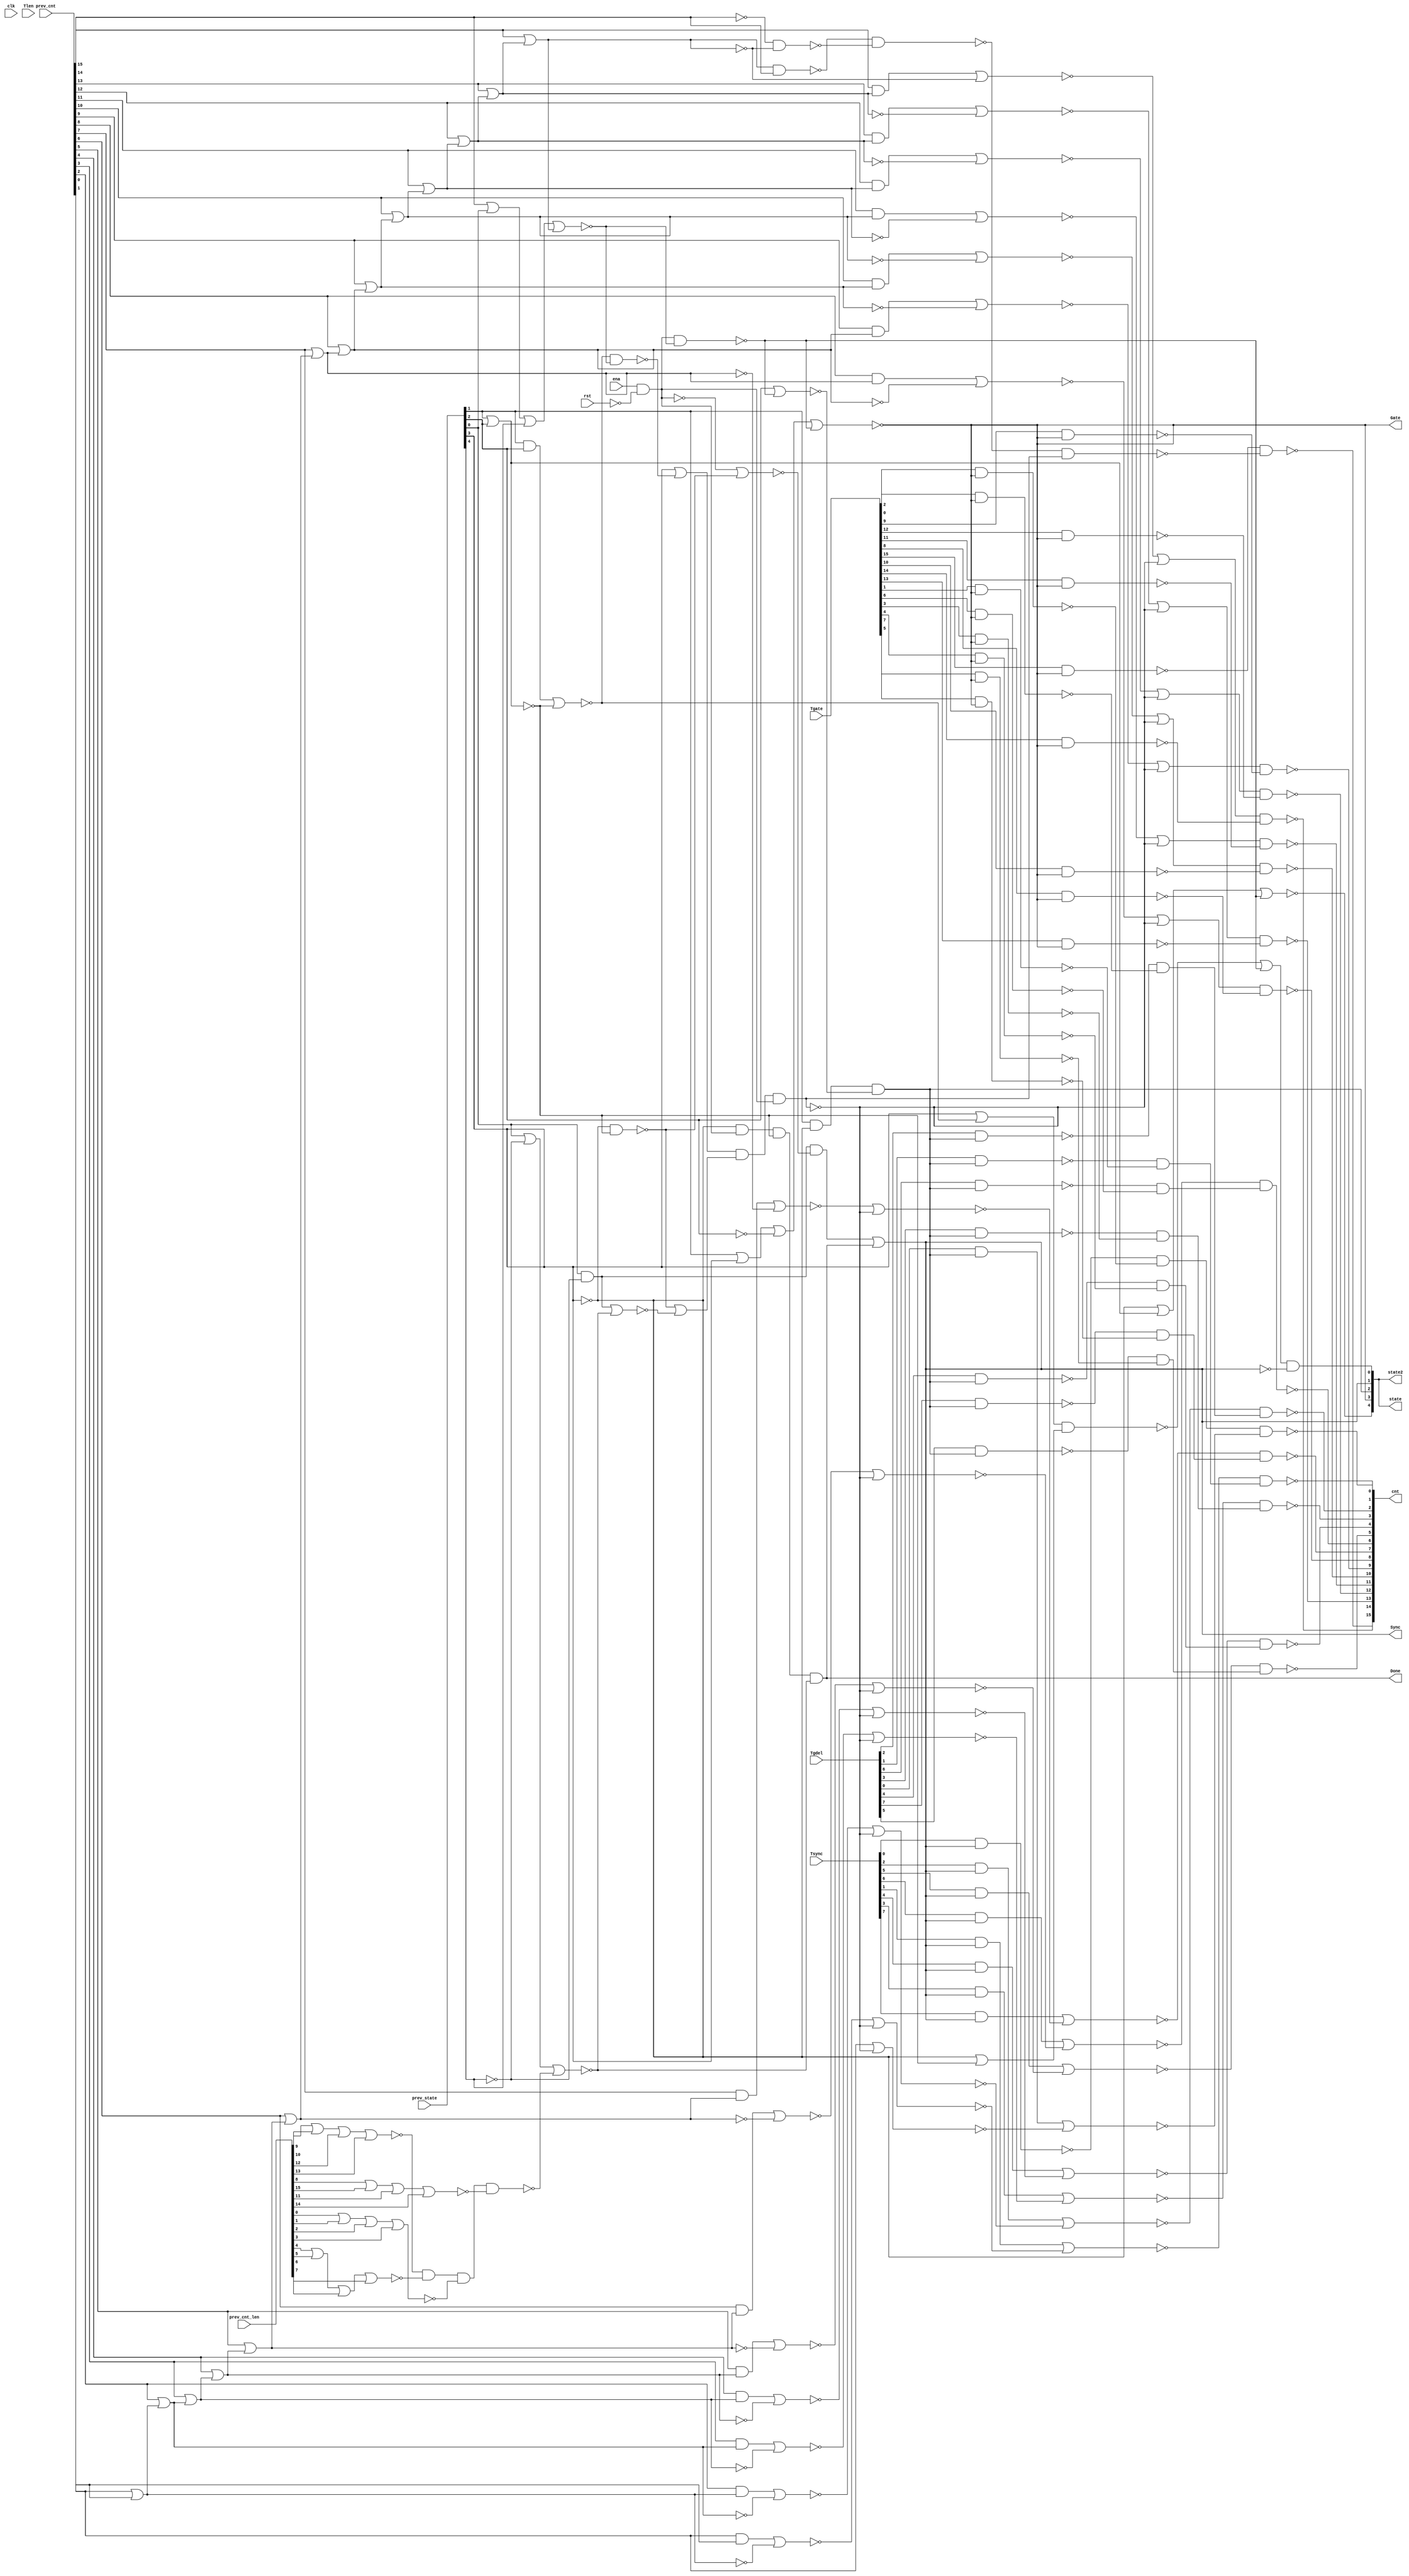

// Generated by Cadence Genus(TM) Synthesis Solution 19.20-d227_1
// Generated on: Aug  3 2021 19:30:57 PDT (Aug  4 2021 02:30:57 UTC)

// Verification Directory fv/top 

module top(clk, ena, rst, Tsync, Tgdel, Tgate, Tlen, Sync, Gate, Done,
     prev_state, prev_cnt, prev_cnt_len, cnt, state, state2);
  input clk, ena, rst;
  input [7:0] Tsync, Tgdel;
  input [15:0] Tgate, Tlen, prev_cnt, prev_cnt_len;
  input [4:0] prev_state;
  output Sync, Gate, Done;
  output [15:0] cnt;
  output [4:0] state, state2;
  wire clk, ena, rst;
  wire [7:0] Tsync, Tgdel;
  wire [15:0] Tgate, Tlen, prev_cnt, prev_cnt_len;
  wire [4:0] prev_state;
  wire Sync, Gate, Done;
  wire [15:0] cnt;
  wire [4:0] state, state2;
  wire n_0, n_1, n_2, n_3, n_4, n_5, n_6, n_7;
  wire n_8, n_9, n_10, n_11, n_12, n_13, n_14, n_15;
  wire n_16, n_17, n_18, n_19, n_20, n_21, n_22, n_23;
  wire n_24, n_25, n_26, n_27, n_28, n_29, n_30, n_31;
  wire n_33, n_35, n_37, n_38, n_39, n_40, n_41, n_42;
  wire n_43, n_44, n_45, n_46, n_47, n_48, n_49, n_50;
  wire n_51, n_52, n_53, n_54, n_55, n_56, n_57, n_58;
  wire n_59, n_60, n_61, n_62, n_63, n_64, n_65, n_66;
  wire n_67, n_68, n_69, n_70, n_71, n_75, n_76, n_77;
  wire n_78, n_81, n_85, n_86, n_88, n_89, n_92, n_93;
  wire n_94, n_96, n_97, n_99, n_101, n_102, n_104, n_105;
  wire n_106, n_107, n_108, n_109, n_110, n_112, n_113, n_114;
  wire n_115, n_116, n_117, n_118, n_119, n_120, n_121, n_122;
  wire n_124, n_126, n_128, n_129, n_130, n_131, n_132, n_133;
  wire n_138, n_139, n_140, n_141, n_142, n_143, n_144, n_145;
  wire n_516, n_517, n_518, n_519, n_520, n_521, n_522, n_523;
  wire n_524, n_707;
  nand g7400 (n_145, n_128, n_114);
  nand g7401 (n_144, n_122, n_124);
  nand g7402 (n_143, n_113, n_116);
  nand g7403 (n_142, n_119, n_117);
  nand g7404 (n_141, n_120, n_126);
  nand g7405 (n_140, n_131, n_112);
  nand g7406 (n_139, n_115, n_121);
  nand g7407 (n_138, n_110, n_118);
  nand g7420 (n_133, n_94, n_101);
  nand g7427 (n_132, n_92, n_97);
  wire w;
  nor g7424 (n_131, w, n_99);
  and g (w, Tsync[2], n_31);
  nand g7410 (n_130, n_88, n_106);
  nand g7409 (n_129, n_108, n_86);
  wire w0;
  nor g7416 (n_128, w0, n_104);
  and g0 (w0, Tsync[5], n_31);
  wire w1, w2;
  and g7425 (n_126, w1, w2);
  nand g4 (w2, Tgate[1], n_78);
  nand g1 (w1, Tgdel[1], n_516);
  wire w3, w4;
  and g7413 (n_124, w3, w4);
  nand g6 (w4, Tgate[6], n_78);
  nand g5 (w3, Tgdel[6], n_516);
  wire w5;
  nor g7408 (n_122, w5, n_105);
  and g7 (w5, Tsync[6], n_31);
  wire w6, w7;
  and g7426 (n_121, w6, w7);
  nand g9 (w7, Tgate[3], n_78);
  nand g8 (w6, Tgdel[3], n_516);
  wire w8;
  nor g7428 (n_120, w8, n_96);
  and g10 (w8, Tsync[1], n_31);
  wire w9;
  nor g7418 (n_119, w9, n_109);
  and g11 (w9, Tsync[4], n_31);
  wire w10;
  nor g7430 (n_118, w10, n_93);
  and g12 (w10, Tgdel[0], n_516);
  wire w11, w12;
  and g7417 (n_117, w11, w12);
  nand g14 (w12, Tgate[4], n_78);
  nand g13 (w11, Tgdel[4], n_516);
  wire w13, w14;
  and g7411 (n_116, w13, w14);
  nand g16 (w14, Tgate[7], n_78);
  nand g15 (w13, Tgdel[7], n_516);
  wire w15;
  nor g7422 (n_115, w15, n_102);
  and g17 (w15, Tsync[3], n_31);
  wire w16, w17;
  and g7415 (n_114, w16, w17);
  nand g19 (w17, Tgate[5], n_78);
  nand g18 (w16, Tgdel[5], n_516);
  wire w18;
  nor g7412 (n_113, w18, n_89);
  and g20 (w18, Tsync[7], n_31);
  wire w19, w20;
  and g7423 (n_112, w19, w20);
  nand g22 (w20, Tgate[2], n_78);
  nand g21 (w19, Tgdel[2], n_516);
  wire w21, w22;
  and g7429 (n_110, w21, w22);
  nand g24 (w22, Tgate[0], n_78);
  nand g23 (w21, Tsync[0], n_31);
  nor g7442 (n_109, n_28, n_107);
  or g7437 (n_108, n_46, n_107);
  nand g7438 (n_106, Tgate[9], n_78);
  nor g7439 (n_105, n_40, n_107);
  nor g7441 (n_104, n_37, n_107);
  nor g7443 (n_102, n_22, n_107);
  nand g7444 (n_101, Tgate[12], n_78);
  nor g7446 (n_99, n_16, n_107);
  nand g7454 (n_97, Tgate[11], n_78);
  nor g7449 (n_96, n_10, n_107);
  or g7451 (n_94, n_58, n_107);
  nor g7452 (n_93, prev_cnt[0], n_107);
  or g7453 (n_92, n_55, n_107);
  nor g7432 (n_89, n_43, n_107);
  or g7433 (n_88, n_49, n_107);
  nand g7435 (n_86, Tgate[8], n_78);
  not g7456 (n_85, n_107);
  wire w23, w24;
  nand g7457 (n_107, w23, w24, n_67);
  or g26 (w24, n_13, n_25);
  or g25 (w23, prev_state[3], n_69);
  not g7460 (n_78, n_81);
  not g7466 (n_77, n_76);
  wire w25;
  nand g7468 (n_76, w25, n_33);
  or g27 (w25, n_19, n_75);
  or g7465 (n_81, prev_state[1], prev_state[3], n_1, n_75);
  nor g7472 (n_70, prev_state[2], n_75);
  nand g7473 (n_69, n_18, n_68);
  nand g7474 (n_75, n_67, n_68);
  nor g7475 (n_68, prev_cnt[15], prev_state[0], prev_state[4], n_63);
  wire w26, w27, w28, w29;
  nand g7476 (n_66, w27, w29);
  nand g31 (w29, w28, n_64);
  not g30 (w28, prev_cnt[15]);
  nand g29 (w27, w26, prev_cnt[15]);
  not g28 (w26, n_64);
  wire w30;
  nor g7477 (n_65, w30, n_64);
  and g32 (w30, prev_cnt[14], n_62);
  not g7478 (n_63, n_64);
  nor g7479 (n_64, prev_cnt[14], n_62);
  wire w31;
  nor g7480 (n_61, w31, n_60);
  and g33 (w31, prev_cnt[13], n_59);
  not g7481 (n_62, n_60);
  nor g7482 (n_60, prev_cnt[13], n_59);
  wire w32;
  nor g7483 (n_58, w32, n_57);
  and g34 (w32, prev_cnt[12], n_56);
  not g7484 (n_59, n_57);
  nor g7485 (n_57, prev_cnt[12], n_56);
  wire w33;
  nor g7486 (n_55, w33, n_54);
  and g35 (w33, prev_cnt[11], n_53);
  not g7487 (n_56, n_54);
  nor g7488 (n_54, prev_cnt[11], n_53);
  wire w34;
  nor g7489 (n_52, w34, n_51);
  and g36 (w34, prev_cnt[10], n_50);
  not g7490 (n_53, n_51);
  nor g7491 (n_51, prev_cnt[10], n_50);
  wire w35;
  nor g7492 (n_49, w35, n_48);
  and g37 (w35, prev_cnt[9], n_47);
  not g7493 (n_50, n_48);
  nor g7494 (n_48, prev_cnt[9], n_47);
  wire w36;
  nor g7495 (n_46, w36, n_45);
  and g38 (w36, prev_cnt[8], n_44);
  not g7496 (n_47, n_45);
  nor g7497 (n_45, prev_cnt[8], n_44);
  wire w37;
  nor g7503 (n_43, w37, n_42);
  and g39 (w37, prev_cnt[7], n_41);
  not g7505 (n_44, n_42);
  nor g7507 (n_42, prev_cnt[7], n_41);
  wire w38;
  nor g7509 (n_40, w38, n_39);
  and g40 (w38, prev_cnt[6], n_38);
  not g7510 (n_41, n_39);
  nor g7511 (n_39, prev_cnt[6], n_38);
  wire w39;
  nor g7512 (n_37, w39, n_35);
  and g41 (w39, prev_cnt[5], n_30);
  not g7514 (n_38, n_35);
  not g7501 (n_31, n_33);
  nor g7515 (n_35, prev_cnt[5], n_30);
  wire w40;
  nor g7504 (n_33, w40, n_29);
  and g42 (w40, n_23, n_14);
  wire w41;
  nor g7516 (n_28, w41, n_27);
  and g43 (w41, prev_cnt[4], n_26);
  not g7517 (n_30, n_27);
  and g7506 (n_29, n_71, n_67, n_17, n_24);
  nor g7519 (n_27, prev_cnt[4], n_26);
  nor g7508 (n_25, n_23, n_24);
  wire w42;
  nor g7518 (n_22, w42, n_21);
  and g44 (w42, prev_cnt[3], n_20);
  not g7522 (n_26, n_21);
  nor g7513 (n_24, prev_state[0], n_5, n_15);
  nor g7523 (n_21, prev_cnt[3], n_20);
  wire w43, w44;
  nand g7520 (n_19, w43, w44);
  or g46 (w44, n_71, n_17);
  or g45 (w43, prev_state[3], n_18);
  wire w45;
  nor g7524 (n_16, w45, n_12);
  and g47 (w45, prev_cnt[2], n_11);
  nand g7521 (n_15, n_8, n_3, n_4, n_7);
  nor g7525 (n_14, n_9, n_13);
  not g7526 (n_20, n_12);
  nor g7530 (n_12, prev_cnt[2], n_11);
  wire w46;
  nor g7527 (n_10, w46, n_2);
  and g48 (w46, prev_cnt[0], prev_cnt[1]);
  nand g7528 (n_13, n_71, n_17);
  wire w47;
  nor g7529 (n_18, w47, n_17);
  and g49 (w47, prev_state[1], prev_state[2]);
  not g7535 (n_67, n_9);
  nor g7531 (n_8, prev_cnt_len[9], prev_cnt_len[10], prev_cnt_len[12],
       prev_cnt_len[13]);
  nor g7532 (n_7, prev_cnt_len[8], prev_cnt_len[15], prev_cnt_len[11],
       prev_cnt_len[14]);
  not g7539 (n_6, n_17);
  and g7536 (n_23, prev_state[0], n_5);
  nor g7534 (n_4, prev_cnt_len[0], prev_cnt_len[1], prev_cnt_len[2],
       prev_cnt_len[3]);
  nor g7533 (n_3, prev_cnt_len[4], prev_cnt_len[5], prev_cnt_len[6],
       prev_cnt_len[7]);
  nand g7537 (n_9, ena, n_0);
  not g7538 (n_11, n_2);
  nor g7541 (n_17, prev_state[1], prev_state[2]);
  nor g7540 (n_2, prev_cnt[0], prev_cnt[1]);
  not g7544 (n_1, prev_state[2]);
  not g7545 (n_71, prev_state[3]);
  not g7542 (n_0, rst);
  not g7543 (n_5, prev_state[4]);
  assign Done = n_29;
  assign state[2] = n_516;
  assign cnt[11] = n_132;
  assign cnt[12] = n_133;
  assign cnt[13] = n_524;
  assign cnt[14] = n_522;
  assign cnt[10] = n_520;
  assign cnt[8] = n_129;
  assign cnt[9] = n_130;
  assign cnt[15] = n_518;
  assign cnt[7] = n_143;
  assign cnt[3] = n_139;
  assign cnt[2] = n_140;
  assign cnt[1] = n_141;
  assign cnt[4] = n_142;
  assign cnt[6] = n_144;
  assign cnt[5] = n_145;
  assign cnt[0] = n_138;
  assign state[4] = n_707;
  assign state2[0] = n_77;
  assign Sync = n_31;
  assign state[1] = n_31;
  assign state2[4] = n_707;
  assign state[0] = n_77;
  assign state2[1] = n_31;
  assign state2[3] = n_78;
  assign Gate = n_78;
  assign state2[2] = n_516;
  assign state[3] = n_78;
  and g2 (n_516, prev_state[1], n_71, n_70);
  not g3 (n_518, n_517);
  wire w48, w49;
  and g7813 (n_517, w48, w49);
  nand g51 (w49, n_66, n_85);
  nand g50 (w48, Tgate[15], n_78);
  wire w50;
  nand g7814 (n_520, w50, n_519);
  or g52 (w50, n_52, n_107);
  nand g7815 (n_519, Tgate[10], n_78);
  wire w51;
  nand g7816 (n_522, w51, n_521);
  or g53 (w51, n_65, n_107);
  nand g7817 (n_521, Tgate[14], n_78);
  wire w52;
  nand g7818 (n_524, w52, n_523);
  or g54 (w52, n_61, n_107);
  nand g7819 (n_523, Tgate[13], n_78);
  nor g8002 (n_707, n_71, n_6, n_75);
endmodule